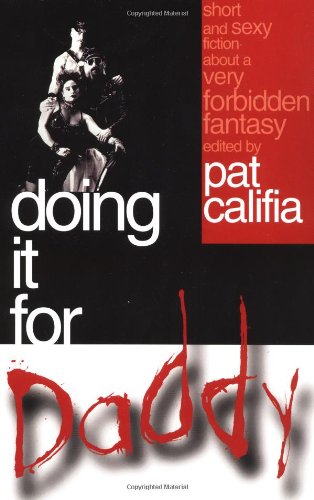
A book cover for Doing It for Daddy: Short and Sexy Fiction about a Very Forbidden Fantasy; Romance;